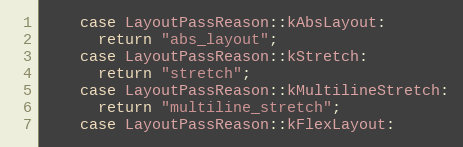
Language: C++
    case LayoutPassReason::kAbsLayout:
      return "abs_layout";
    case LayoutPassReason::kStretch:
      return "stretch";
    case LayoutPassReason::kMultilineStretch:
      return "multiline_stretch";
    case LayoutPassReason::kFlexLayout: